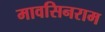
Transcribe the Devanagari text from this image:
मावसिनराम